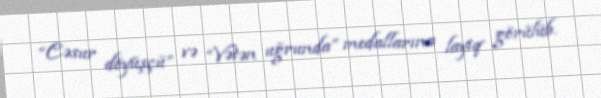
“Cəsur döyüşçü” və “Vətən uğrunda” medallarına layiq görülüb.